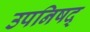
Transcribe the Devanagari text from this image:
उपनिषद्‍